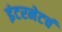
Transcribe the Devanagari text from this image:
इंटरनेटचं